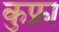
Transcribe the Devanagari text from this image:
कुफ्रा